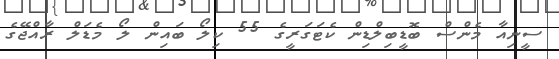
ސީނިއާ މެންސް ބޮޑީބިލްޑިން ކެޓަގަރީގެ 55 ކިލޯ ބައިން ލޯ މެޑަލް ރާއްޖޭގެ